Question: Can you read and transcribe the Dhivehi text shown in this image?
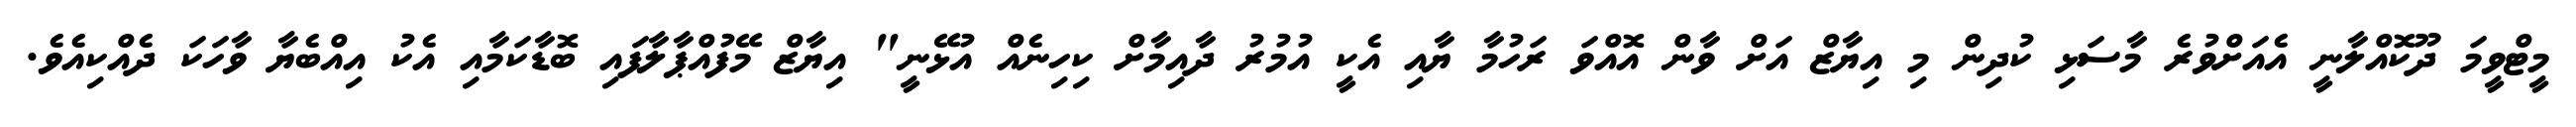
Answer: މީޓްވީމަ ދޫކޮއްލާނީ އެއަށްވުރެ މާސަޅި ކުދިން މި އިޔާޒް އަށް ވާން އޮއްވަ ރަހުމާ ޔާއި އެކީ އުމުރު ދާއިމާށް ކިހިނެއް އުޅޭނީ" އިޔާޒް މޭފުއްޕާލާފައި ބޮޑާކަމާއި އެކު އިއްބެޔާ ވާހަކަ ދެއްކިއެވެ.